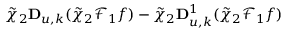
\tilde { \chi } _ { 2 } \mathbf { D } _ { u , k } ( \tilde { \chi } _ { 2 } \mathcal { F } _ { 1 } f ) - \tilde { \chi } _ { 2 } \mathbf { D } _ { u , k } ^ { 1 } ( \tilde { \chi } _ { 2 } \mathcal { F } _ { 1 } f )